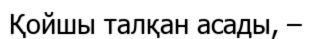
Қойшы талқан асады, –